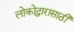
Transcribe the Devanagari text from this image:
लोकोद्धारासाठी